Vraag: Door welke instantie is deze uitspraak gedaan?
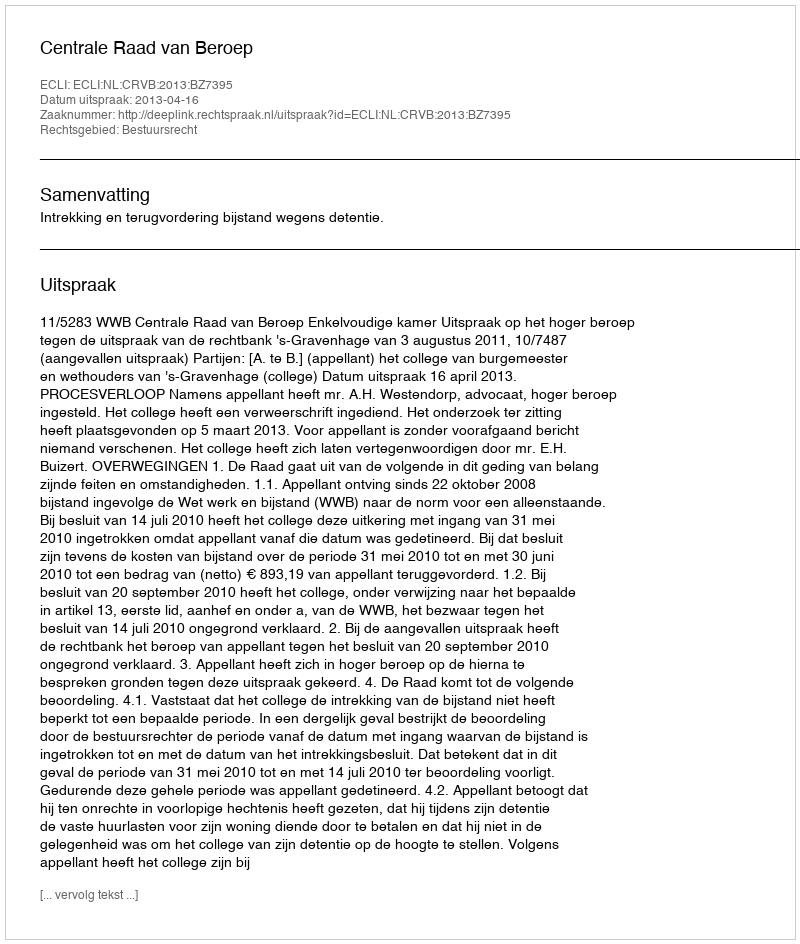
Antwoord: Centrale Raad van Beroep